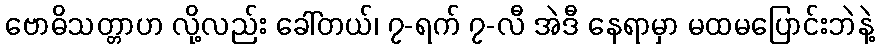
ဗောဓိသတ္တာဟ လို့လည်း ခေါ်တယ်၊ ၇-ရက် ၇-လီ အဲဒီ နေရာမှာ မထမပြောင်းဘဲနဲ့